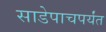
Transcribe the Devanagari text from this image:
साडेपाचपर्यंत